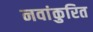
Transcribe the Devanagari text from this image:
नवांकुरित